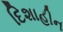
દિશાહીન